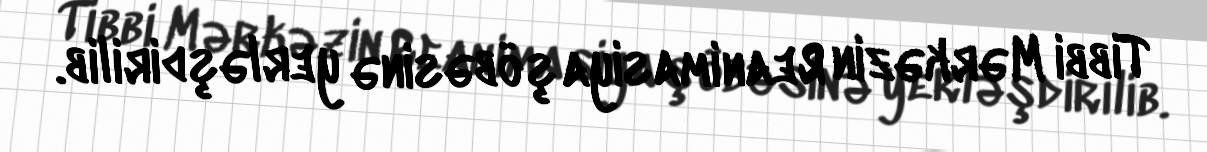
Tibbi Mərkəzin Reanimasiya şöbəsinə yerləşdirilib.